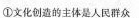
①文化创造的主体是人民群众